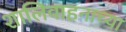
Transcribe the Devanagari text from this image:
शालिवाहनाच्या